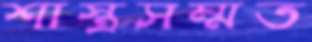
শাস্ত্রসম্মত